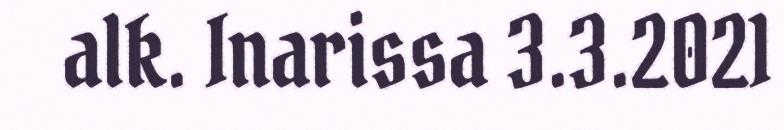
alk. Inarissa 3.3.2021